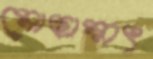
মোছাম্মৎ